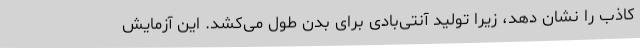
کاذب را نشان دهد، زیرا تولید آنتی‌بادی برای بدن طول می‌کشد. این آزمایش